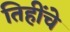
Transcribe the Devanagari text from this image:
तिहींचे